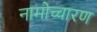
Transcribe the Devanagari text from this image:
नामोच्चारण